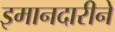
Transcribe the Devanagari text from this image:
इमानदारीने